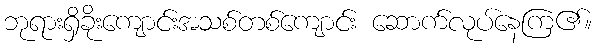
ဘုရားရှိခိုးကျောင်းအသစ်တစ်ကျောင်း ဆောက်လုပ်နေကြ၏။